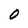
Character: 0